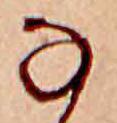
な